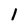
Character: 1